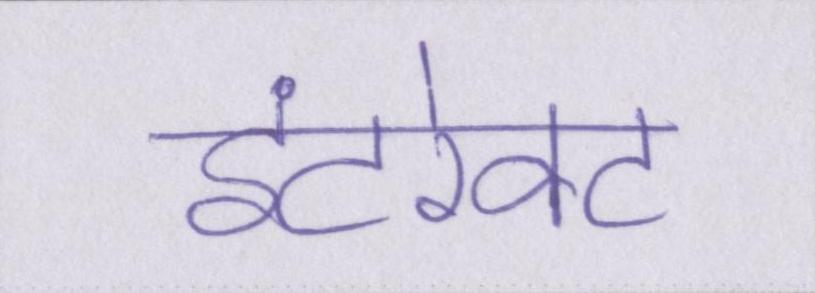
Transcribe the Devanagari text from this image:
इंटरेक्ट